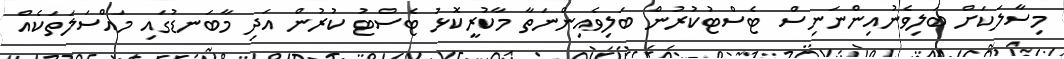
މިސާލަކަށް ބަލިވެނުއިންނަނިސް ޓެސްޓުކުރުން ބަލިވެއިންނަތާ މާކުރީކޮޅު ޓެސްޓު ކުރުން އަދި މާބަނޑުގައި މައްސަލަތަކެއް